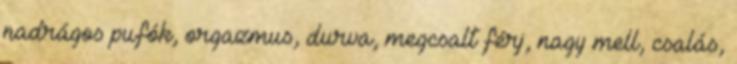
nadrágos pufók, orgazmus, durva, megcsalt férj, nagy mell, csalás,